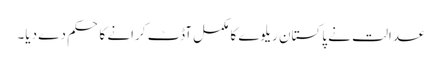
عدالت نے پاکستان ریلوے کا مکمل آڈٹ کرانے کا حکم دے دیا۔